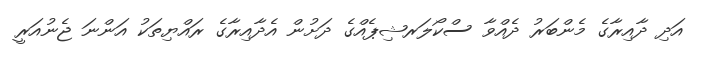
އަދި ދާއިރާގެ މެންބަރު ދެއްވާ ސްކޯލަރޝިޕެއްގެ ދަށުން އެދާއިރާގެ ރައްޔިތަކު އަންނަ ޖެނުއަރީ